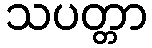
သပတ္တာ